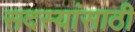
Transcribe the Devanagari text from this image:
सदस्यांसाठी